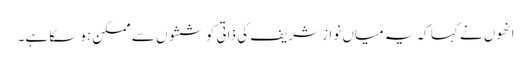
انھوں نے کہا کہ یہ میاں نواز شریف کی ذاتی کوششوں سے ممکن ہو سکا ہے۔